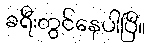
ခရီးတွင်နေပါပြီ။